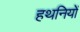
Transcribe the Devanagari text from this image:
हथनियों